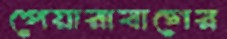
পেয়ারাবাগের